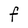
Character: F